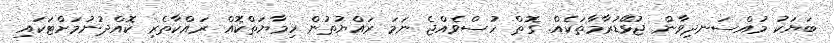
ބަޔަކު މުއްސަނދިވާން ޖުޅޭޑުރާމާތަކެއް. ގޮތް ހުސްވެއްޖެ ނަމަ ރައްޔުތުން ހިމާޔަތްކޮއް ރައްކާތެރި ކޮއްްދުނުމަށްޓަކައި